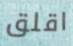
اقلق